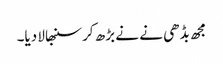
مجھ بڈھی نے نے بڑھ کر سنبھالا دیا۔